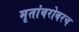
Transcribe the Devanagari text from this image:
मृतांबरोबरच